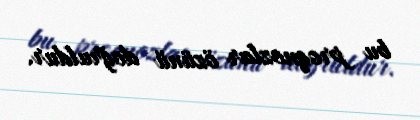
bu proqnozlar özünü doğruldur.